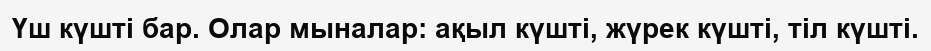
Үш күшті бар. Олар мыналар: ақыл күшті, жүрек күшті, тіл күшті.